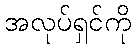
အလုပ်ရှင်ကို